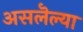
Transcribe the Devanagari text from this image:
असलॆल्या